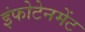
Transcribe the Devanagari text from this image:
इंफोटेनमेंट